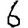
Digit: 6